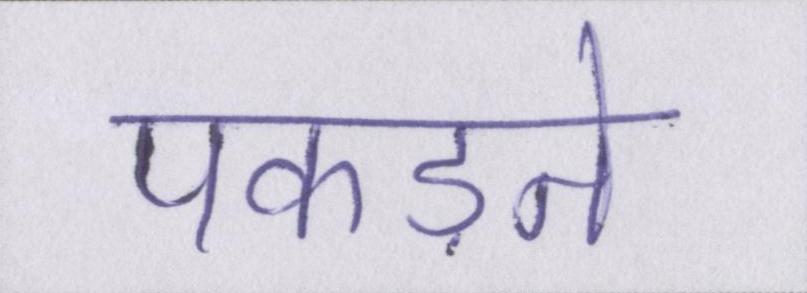
पकड़ने